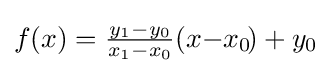
f(x)={\tfrac {y_{1}-y_{0}}{x_{1}-x_{0}}}(x{-}x_{0}\!)+y_{0}